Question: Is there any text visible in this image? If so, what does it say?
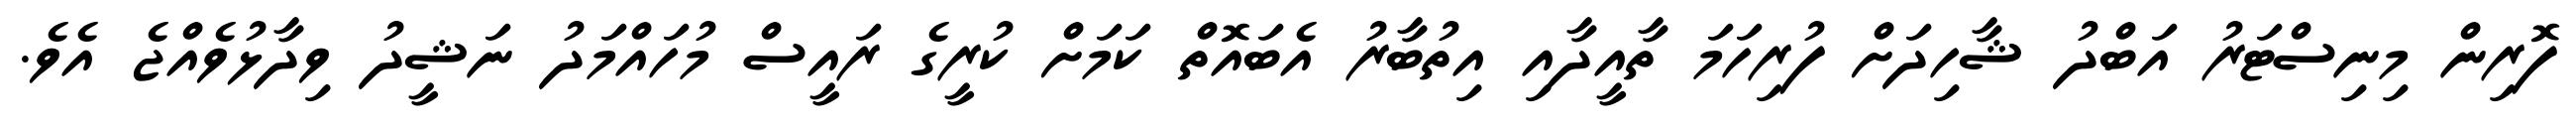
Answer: ފޮރިން މިނިސްޓަރު އަބްދު ޝާހިދަށް ފުރިހަމަ ތާއީދާއި އިތުބާރު އެބައޮތް ކަމަށް ކުރީގެ ރައީސް މުހައްމަދު ނަޝީދު ވިދާޅުވެއްޖެ އެވެ.